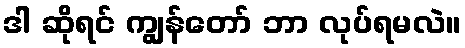
ဒါ ဆိုရင် ကျွန်တော် ဘာ လုပ်ရမလဲ။